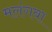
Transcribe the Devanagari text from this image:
मलंगवा